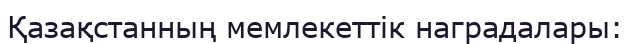
Қазақстанның мемлекеттік наградалары: